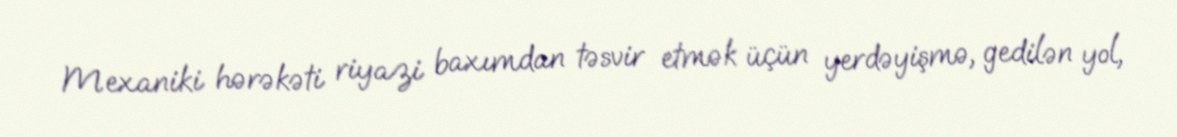
Mexaniki hərəkəti riyazi baxımdan təsvir etmək üçün yerdəyişmə, gedilən yol,